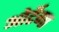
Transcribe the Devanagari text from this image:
ओर्टेगा